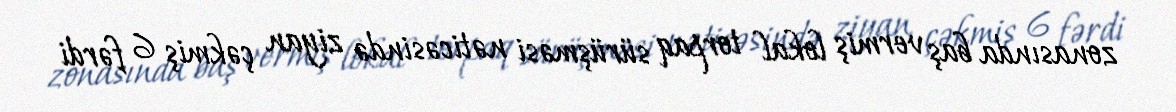
zonasında baş vermiş lokal torpaq sürüşməsi nəticəsində ziyan çəkmiş 6 fərdi